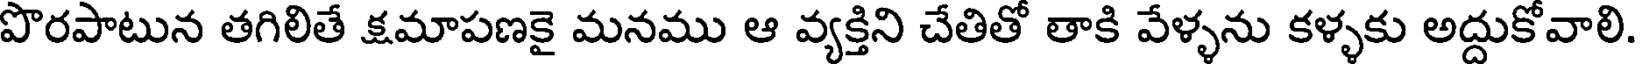
పొరపాటున తగిలితే క్షమాపణకై మనము ఆ వ్యక్తిని చేతితో తాకి వేళ్ళను కళ్ళకు అద్దుకోవాలి.